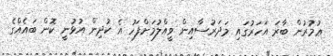
ޢުމުރުން ބާރަ އަހަރުގައި މަދަރުސާއިން ވީއްލުމަށްފަހު އެ ކުދިން އުޅުނީ ކޮން ބައެއްގެ